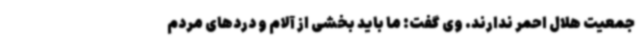
جمعیت هلال احمر ندارند. وی گفت: ما باید بخشی از آلام و دردهای مردم